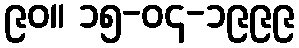
၉၀။ ၁၅-၀၄-၁၉၉၉